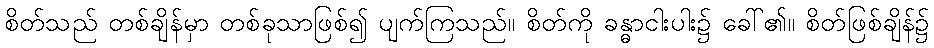
စိတ်သည် တစ်ချိန်မှာ တစ်ခုသာဖြစ်၍ ပျက်ကြသည်။ စိတ်ကို ခန္ဓာငါးပါး၌ ခေါ်၏။ စိတ်ဖြစ်ချိန်၌